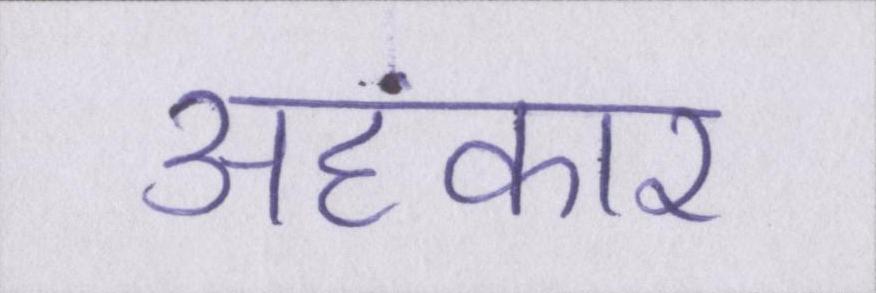
अहंकार